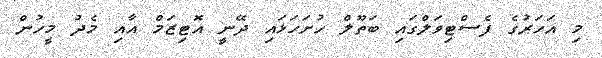
މި އަހަރުގެ ފެސްޓިވަލްގައި ބަތޫލް ހުށަހަޅައި ދޭނީ އޮޓިޒަމް އާއި މެދު މީހުން